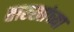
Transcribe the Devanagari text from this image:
तारखांच्या